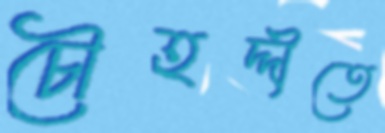
চৌহদ্দীতে